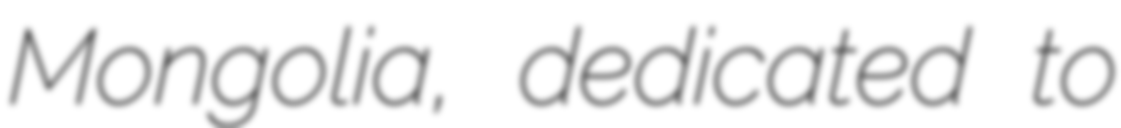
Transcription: Mongolia, dedicated to